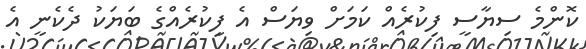
ކޮންމެ ސިޔާސީ ފިކުރެއް ކަމަށް ވިޔަސް އެ ފިކުރެއްގެ ބަޔަކު ދެކެނީ އެ